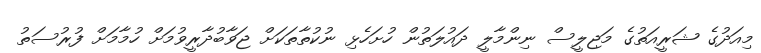
މިއަދުގެ ޝަރީއަތުގެ މަޖިލީސް ނިންމާލީ ދައުލަތުން ހުށަހެޅި ނުކުތާތަކަށް ޖަވާބުދާރީވުމަށް ހުމާމަށް ފުރުސަތު